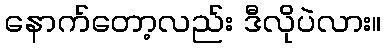
နောက်တော့လည်း ဒီလိုပဲလား။